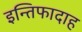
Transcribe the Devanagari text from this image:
इन्तिफादाह